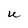
Character: U